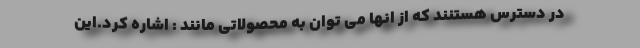
در دسترس هستنند که از انها می توان به محصولاتی مانند : اشاره کرد.این